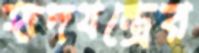
হৃদযন্ত্রের